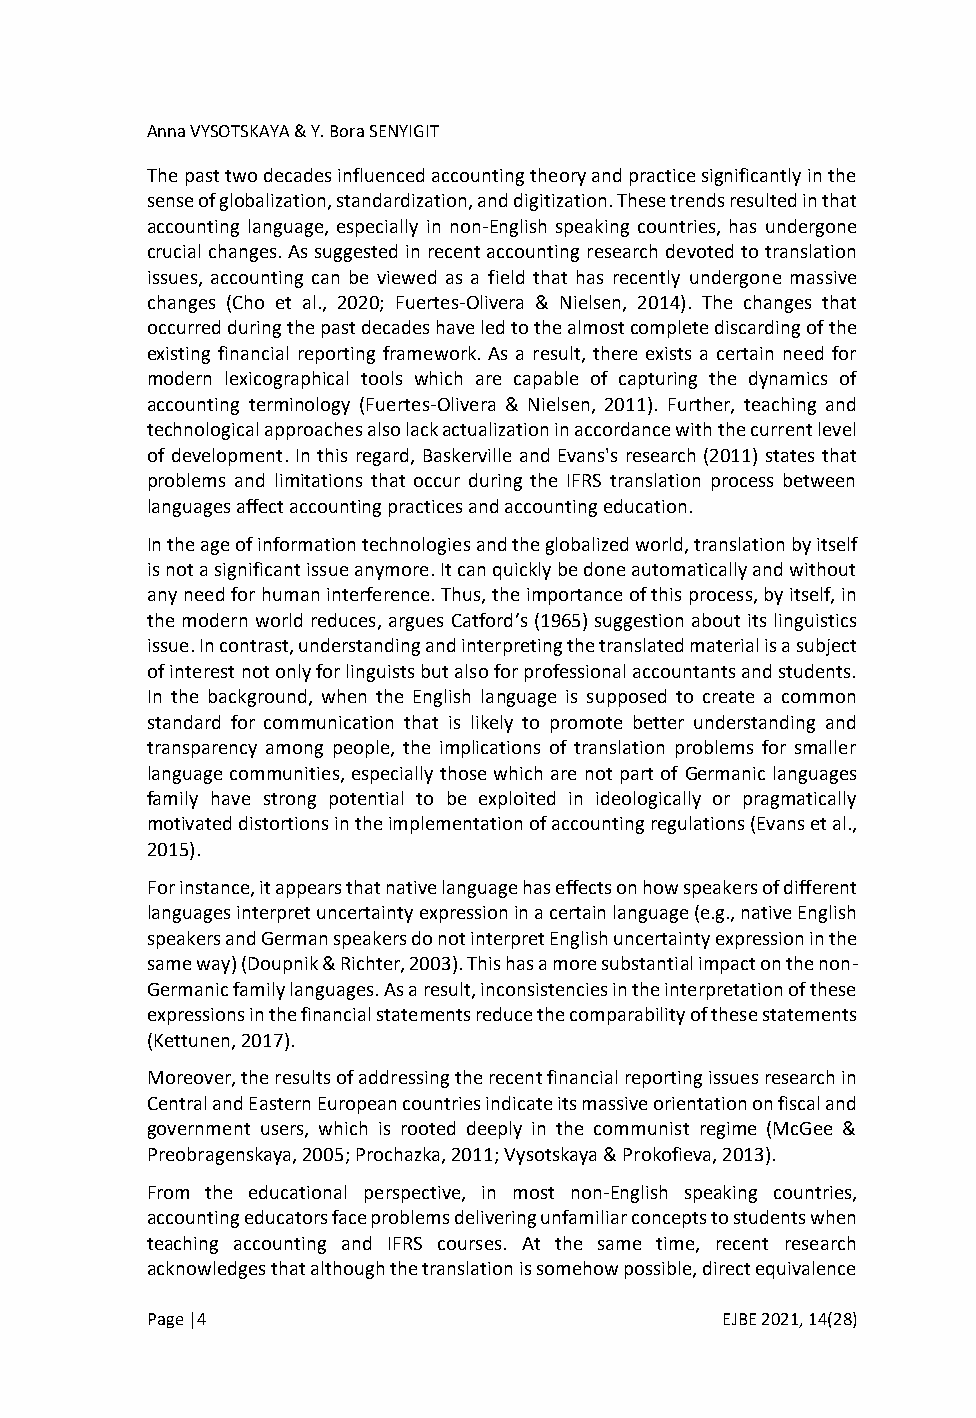
Anna VYSOTSKAYA & Y. Bora SENYIGIT
 The past two decades influenced accounting theory and practice significantly in the
 sense of globalization, standardization, and digitization. These trends resulted in that
 accounting language, especially in non-English speaking countries, has undergone
 crucial changes. As suggested in recent accounting research devoted to translation
 issues, accounting can be viewed as a field that has recently undergone massive
 changes (Cho et al., 2020; Fuertes-Olivera & Nielsen, 2014). The changes that
 occurred during the past decades have led to the almost complete discarding of the
 existing financial reporting framework. As a result, there exists a certain need for
 modern lexicographical tools which are capable of capturing the dynamics of
 accounting terminology (Fuertes-Olivera & Nielsen, 2011). Further, teaching and
 technological approaches also lack actualization in accordance with the current level
 of development. In this regard, Baskerville and Evans's research (2011) states that
 problems and limitations that occur during the IFRS translation process between
 languages affect accounting practices and accounting education.
 In the age of information technologies and the globalized world, translation by itself
 is not a significant issue anymore. It can quickly be done automatically and without
 any need for human interference. Thus, the importance of this process, by itself, in
 the modern world reduces, argues Catford’s (1965) suggestion about its linguistics
 issue. In contrast, understanding and interpreting the translated material is a subject
 of interest not only for linguists but also for professional accountants and students.
 In the background, when the English language is supposed to create a common
 standard for communication that is likely to promote better understanding and
 transparency among people, the implications of translation problems for smaller
 language communities, especially those which are not part of Germanic languages
 family have strong potential to be exploited in ideologically or pragmatically
 motivated distortions in the implementation of accounting regulations (Evans et al.,
 2015).
 For instance, it appears that native language has effects on how speakers of different
 languages interpret uncertainty expression in a certain language (e.g., native English
 speakers and German speakers do not interpret English uncertainty expression in the
 same way) (Doupnik & Richter, 2003). This has a more substantial impact on the non-
 Germanic family languages. As a result, inconsistencies in the interpretation of these
 expressions in the financial statements reduce the comparability of these statements
 (Kettunen, 2017).
 Moreover, the results of addressing the recent financial reporting issues research in
 Central and Eastern European countries indicate its massive orientation on fiscal and
 government users, which is rooted deeply in the communist regime (McGee &
 Preobragenskaya, 2005; Prochazka, 2011; Vysotskaya & Prokofieva, 2013).
 From the educational perspective, in most non-English speaking countries,
 accounting educators face problems delivering unfamiliar concepts to students when
 teaching accounting and IFRS courses. At the same time, recent research
 acknowledges that although the translation is somehow possible, direct equivalence
 Page |4                               EJBE 2021, 14(28)